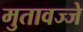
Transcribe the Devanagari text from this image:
मुतावज्जे